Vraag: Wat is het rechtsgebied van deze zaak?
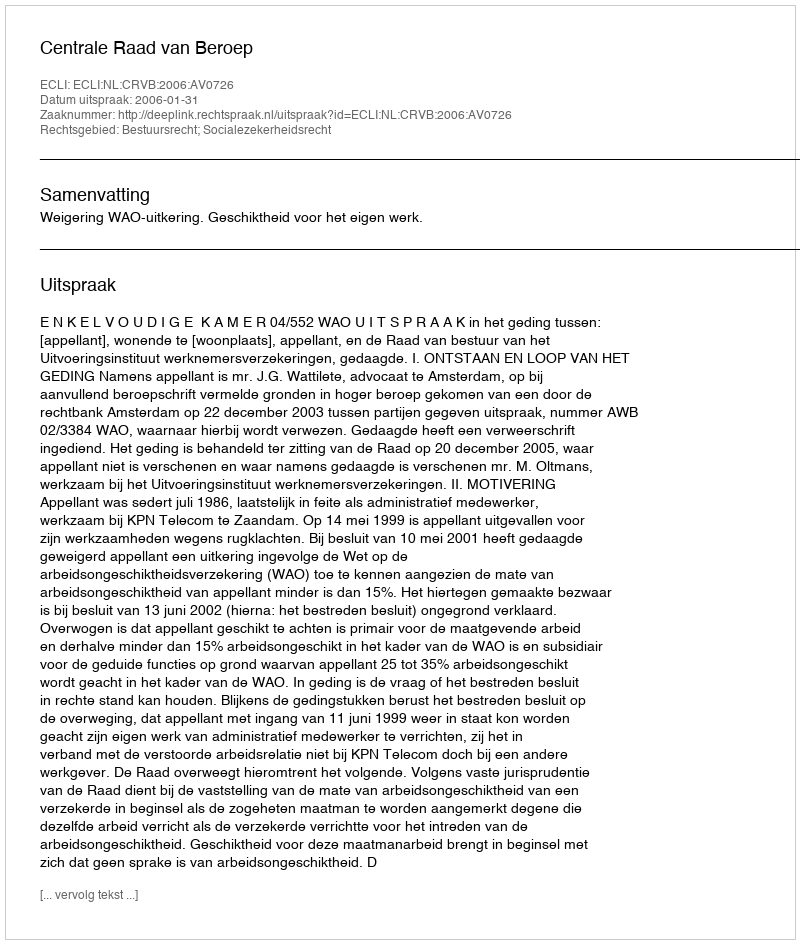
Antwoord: Bestuursrecht; Socialezekerheidsrecht